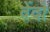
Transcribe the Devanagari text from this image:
वेंदो